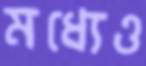
মধ্যেও